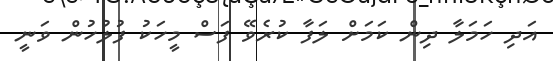
އަދި ހަމަލާ ދިން ކަމަށް ލަފާ ކުރެވޭ ފަސް މީހަކު ފުލުހުން ވަނީ